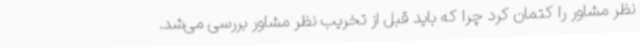
نظر مشاور را کتمان کرد چرا که باید قبل از تخریب نظر مشاور بررسی می‌شد.